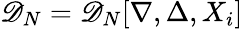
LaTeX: \mathscr{D}_{N}=\mathscr{D}_{N}[\nabla,\Delta,X_{i}]